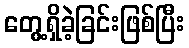
တွေ့ရှိခဲ့ခြင်းဖြစ်ပြီး